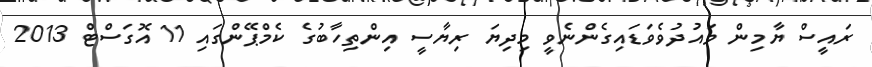
ރައީސް ޔާމިން ވައުދުވެވަޑައިގެންނެވީ މިދިޔަ ރިޔާސީ އިންތިހާބުގެ ކެމްޕޭންގައި 11 އޮގަސްޓް 2013